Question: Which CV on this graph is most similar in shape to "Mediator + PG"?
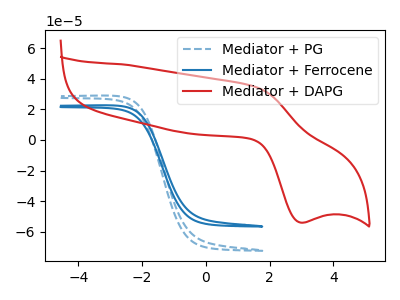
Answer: <think>The blue dashed curve "Mediator + PG" has no peaks. The blue curve "Mediator + Ferrocene" has no peaks. The red curve "Mediator + DAPG" has an anodic peak at (1.55V, 34.75uA) and a cathodic peak at (2.95V, -54.00uA).
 Neither "Mediator + PG" or "Mediator + Ferrocene" have any peaks. "Mediator + PG" and "Mediator + DAPG" have a different number of peaks. "Mediator + Ferrocene" and "Mediator + DAPG" have a different number of peaks.</think>
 <answer>The CV with the most similar shape to "Mediator + Ferrocene" is "Mediator + PG".</answer>
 <eval>"Mediator + PG"</eval>